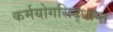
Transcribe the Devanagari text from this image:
कर्मयोगसिद्धान्त